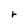
Character: r